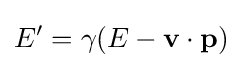
E'=\gamma (E-\mathbf {v} \cdot \mathbf {p} )